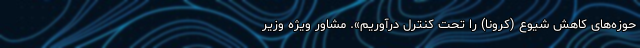
حوزه‌های کاهش شیوع (کرونا) را تحت کنترل درآوریم». مشاور ویژه وزیر